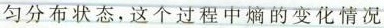
匀分布状态，这个过程中熵的变化情况